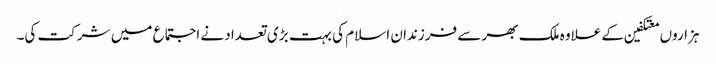
ہزاروں معتکفین کے علاوہ ملک بھر سے فرزندان اسلام کی بہت بڑی تعداد نے اجتماع میں شرکت کی۔